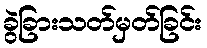
ခွဲခြားသတ်မှတ်ခြင်း